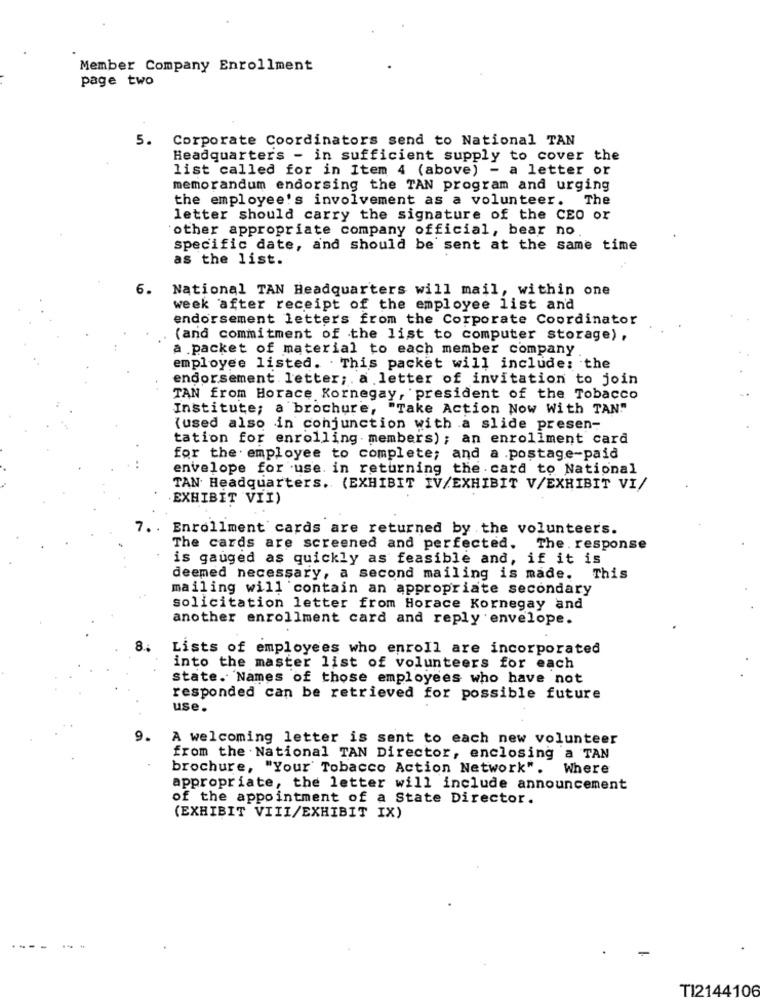
Member Company Enrollment
page two
5. Corporate Coordinators send to National TAN
Headquarters - in sufficient supply to cover the
list called for in Item 4 (above) - a letter or
memorandum endorsing the TAN program and urging
the employee's involvement as a volunteer.
The
letter should carry the signature of the CEO or
other appropriate company official, bear no
specific date, and should be sent at the same time
as the list.
6. National TAN Headquarters will mail, within one
week after receipt of the employee list and
endorsement letters from the Corporate Coordinator
(and commitment of the list to computer storage) ,
a packet of material to each member company
employee listed. . This packet will include: the
endorsement letter ;. a letter of invitation to join
TAN from Horace Kornegay, president of the Tobacco
Institute; a brochure, "Take Action Now With TAN"
(used also in conjunction with a slide presen-
tation for enrolling members); an enrollment card
for the employee to complete; and a .postage-paid
envelope for use in returning the card to National
TAN Headquarters. (EXHIBIT IV/EXHIBIT V/EXHIBIT VI/
EXHIBIT VII)
7. . Enrollment cards are returned by the volunteers.
The cards are screened and perfected. The . response
is gauged as quickly as feasible and, if it is
deemed necessary, a second mailing is made. This
mailing will contain an appropriate secondary
solicitation letter from Horace Kornegay and
another enrollment card and reply envelope.
8.
Lists of employees who enroll are incorporated
into the master list of volunteers for each
state. Names of those employees who have not
responded can be retrieved for possible future
use.
9.
A welcoming letter is sent to each new volunteer
from the . National TAN Director, enclosing a TAN
brochure, "Your Tobacco Action Network". Where
appropriate, the letter will include announcement
of the appointment of a State Director.
(EXHIBIT VIII/EXHIBIT IX)
- -
TI2144106